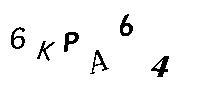
6KPA64